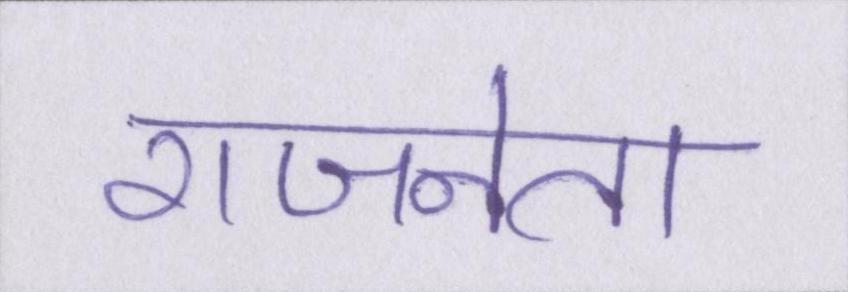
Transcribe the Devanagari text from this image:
राजनेता